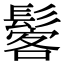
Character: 𩭽